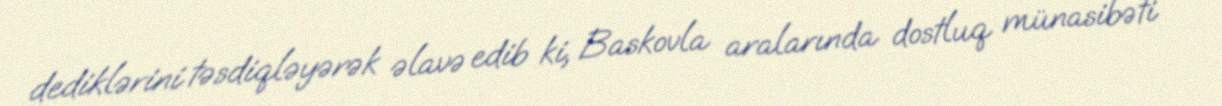
dediklərini təsdiqləyərək əlavə edib ki, Baskovla aralarında dostluq münasibəti